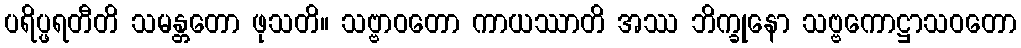
ပရိပ္ဖရတီတိ သမန္တတော ဖုသတိ။ သဗ္ဗာဝတော ကာယဿာတိ အဿ ဘိက္ခုနော သဗ္ဗကောဋ္ဌာသဝတော